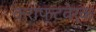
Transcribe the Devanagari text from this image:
क्राफ्टवेर्क